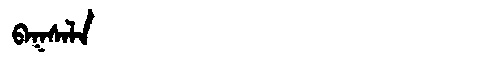
Manchu: ᠪᠠᡴᠰᠠᠯᠠ
Romanization: BAKSALA